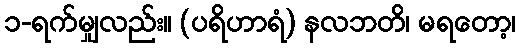
၁-ရက်မျှလည်း။ (ပရိဟာရံ) နလဘတိ၊ မရတော့၊